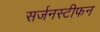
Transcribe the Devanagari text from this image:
सर्जनस्टीफन